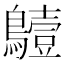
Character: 𪆖